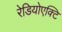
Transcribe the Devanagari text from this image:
रेडियोएक्टि